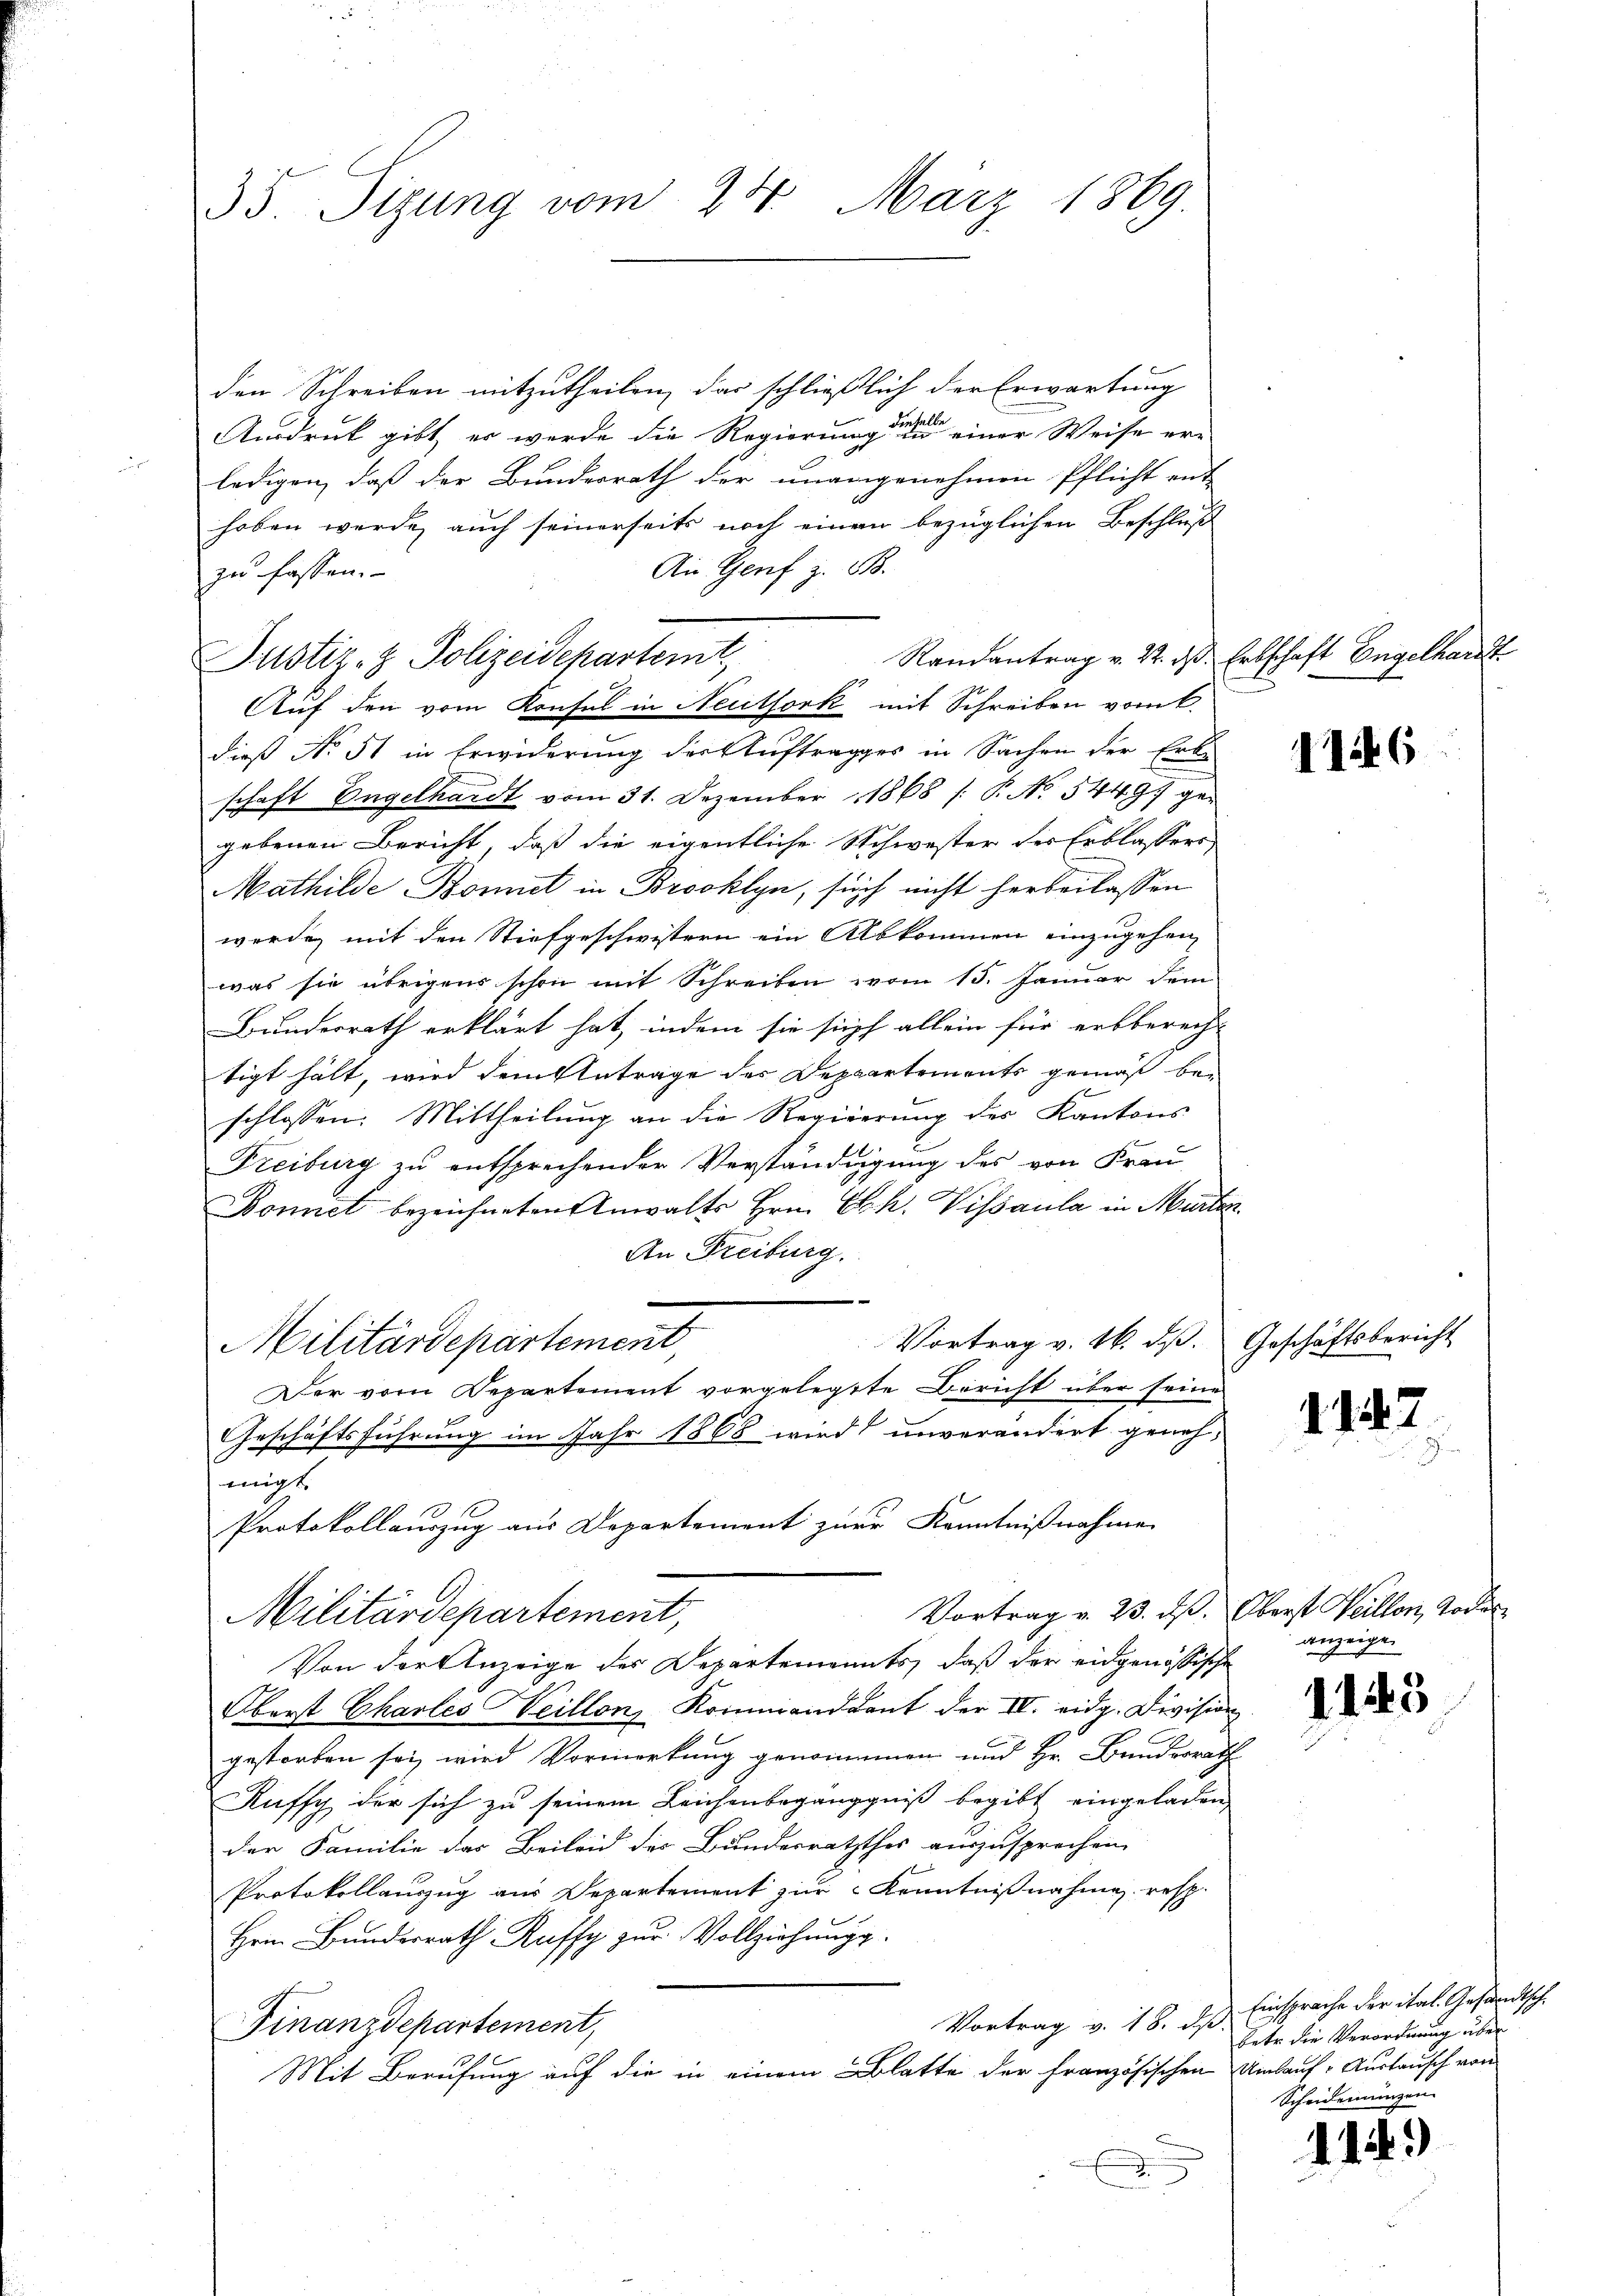
35. Sizung vom 24. März 1869

den Schreiben mitzutheilen, das schließlich der Erwartung
Ausdruck gibt, er werde die Regierung der einer Weise er-
ledigen, daß der Bundesrath der unangenehmen Pflicht and
66
hoben werde, auch seinerseits noch einen bezüglichen Beschluß
An Genf z. 818.
zu fassen.
Randantrag v. 2. das Erbschaft Engelhardt
Justiz- & Polizeidepartemt,
Auf den vom Konsul in Neuthork mit Schreiben vom k.
dieß No. 51 in Erwiderung der Auftrages in Sachen der Erke
schaft Engelhardt vom 31. Dezember 1868 /: P. No 54497 gegebenen Bericht, daß die eigentliche Schwester des Erblassers
Mathilde Bonnet in Brooklyn, sich nicht herbeilassen
werde, mit den Stiefgeschwistern ein Albkommen einzugehen,
was sie übrigens schon mit Schreiben vom 15. Januar dem
Bundesrath erklärt hat, indem sie sich allein für erbberech-
tigt hält, wird dem Antrage der Departements gemäß beschlossen: Mittheilung an die Regierung des Kantons
Freiburg zu entsprechender Verständigung des von Frau
Bonnet bezeichneten Anwalts Hrn. Sch. Visaula in Murten.
An Freiburg.
e
Vortrag v. 26. ds.
Militärdepartement
Der vom Departement vorgelegte Bericht über seine
Geschäftsführung im Jahr 1868 wird unverändert geneh-
migt.
Protokollauszug aus Departement zur Kenntnißnahme
Vortrag v. 23. dß. Oberst Weillon, Todes
Militärdepartement,
Von der Anzeige des Departements, daß der eidgenössische
Oberst Charles Veillon, Kommandant der IV. eidg. Division
gestorben sei, wird Vormerkung genommen und Hr. Bundesrath
Ruffch der sich zu seinem Leichenbeganggniß begibt eingeladen,
der Familie das Beileid des Bundesraththes auszusprechen
Protokollauszug aus Departement zur Kenntnißnahme resp.
Hrnn Bunderrath Ruffy zur Vollziehung.
Vortrag v. 18. ds.
Finanzdepartement,
Mit Berufung auf die in einem Blatte der Französischen

116

Geschäftsbericht

1147

anzeigen

1143

Einsprache der ital. Gesandtsch.
betr. die Verordnung über
Umlauf Austausch von
Scheiderungen

114.)